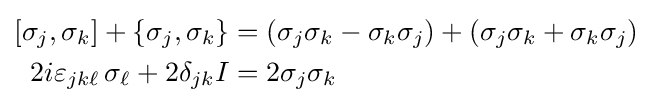
{\begin{aligned}\left[\sigma _{j},\sigma _{k}\right]+\{\sigma _{j},\sigma _{k}\}&=(\sigma _{j}\sigma _{k}-\sigma _{k}\sigma _{j})+(\sigma _{j}\sigma _{k}+\sigma _{k}\sigma _{j})\\2i\varepsilon _{jk\ell }\,\sigma _{\ell }+2\delta _{jk}I&=2\sigma _{j}\sigma _{k}\end{aligned}}